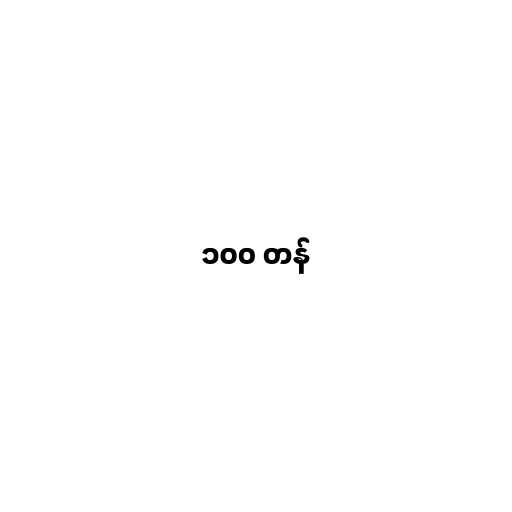
၁၀၀ တန်